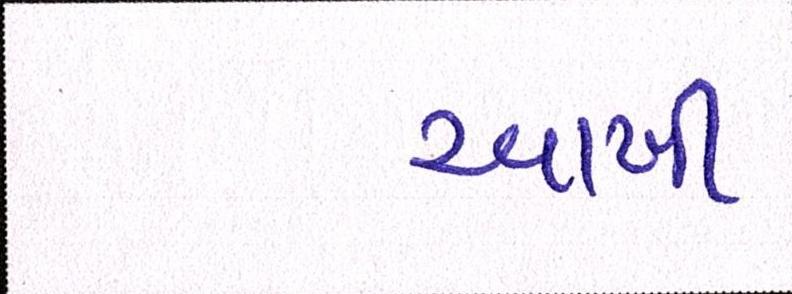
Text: આખી